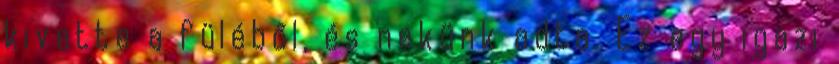
kivette a füléből, és nekünk adta. Ez egy igazi